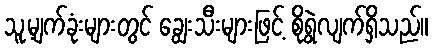
သူ့မျက်ခုံးများတွင် ချွေးသီးများဖြင့် စိုရွဲလျက်ရှိသည်။